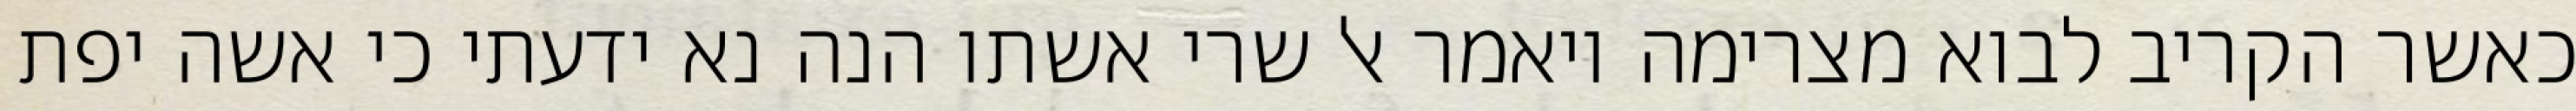
כאשר הקריב לבוא מצרימה ויאמר אל שרי אשתו הנה נא ידעתי כי אשה יפת